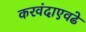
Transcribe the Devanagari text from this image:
करवंदाएवढे